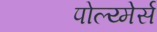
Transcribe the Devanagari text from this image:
पोल्य्मेर्स